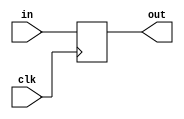
`ifndef _PC_V_
`define _PC_V_

module PC(out, in, clk);

output [31:0] out;
input [31:0] in;
input clk;

reg [31:0] pc;

initial
begin
    pc = 0;
end

assign out = pc;

always @(posedge clk) begin
    pc = in;
    $display($time, " [1 PC] Update = %d -----------------------------", in);
end

endmodule

`endif